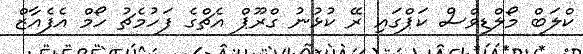
ކްލަބް މޯލްޑިވްސް ކަޕްގައި ރޭ ކުޅުނު ގްރޫޕް އެޗްގެ ފަހުމެޗު ހޯމް އެފެއާޒް